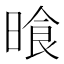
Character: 𣈮